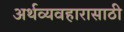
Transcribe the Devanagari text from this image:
अर्थव्यवहारासाठी